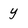
Character: y